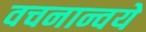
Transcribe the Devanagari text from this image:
वचनान्वये